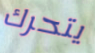
يتحرك